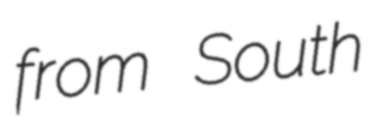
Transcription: from South